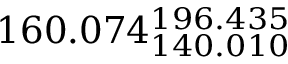
1 6 0 . 0 7 4 _ { 1 4 0 . 0 1 0 } ^ { 1 9 6 . 4 3 5 }